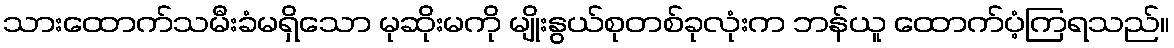
သားထောက်သမီးခံမရှိသော မုဆိုးမကို မျိုးနွယ်စုတစ်ခုလုံးက ဘန်ယူ ထောက်ပံ့ကြရသည်။